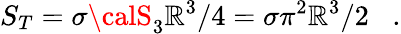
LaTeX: S_{T}=\sigma{\calS}_{3}\mathbb{R}^{3}/4=\sigma{\pi}^{2}\mathbb{R}^{3}/2\; \; \; .